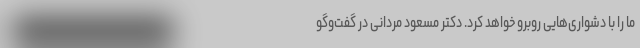
ما را با دشواری‌هایی روبرو خواهد کرد. دکتر مسعود مردانی در گفت‌وگو